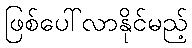
ဖြစ်ပေါ်လာနိုင်မည့်